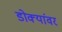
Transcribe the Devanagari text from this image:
डोक्यांवर